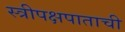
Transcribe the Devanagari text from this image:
स्त्रीपक्षपाताची